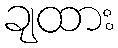
ချထား